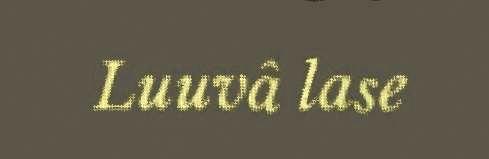
Luuvâ lase